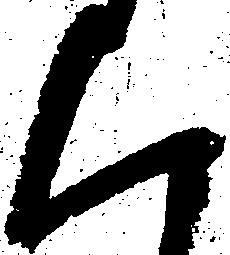
く